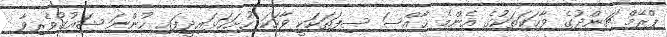
ޕްރޭމް ޗަންދުގެ ވާހަކަތަކުގެ އެންމެ ޚާއްސަ ސިފަތަކަކީ ވާހަކަ ހުށަހަޅައިދީފައި ހުންނަ ޝައުގުވެރިވާ